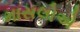
માસલોએ